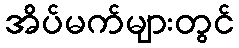
အိပ်မက်များတွင်